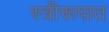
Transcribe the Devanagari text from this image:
स्त्रीरूपात